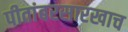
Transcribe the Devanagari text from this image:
पीतांबरसारखाच